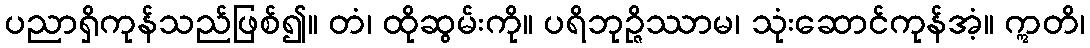
ပညာရှိကုန်သည်ဖြစ်၍။ တံ၊ ထိုဆွမ်းကို။ ပရိဘုဉ္ဇိဿာမ၊ သုံးဆောင်ကုန်အံ့။ ဣတိ၊